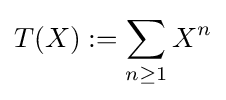
T(X):=\sum _{n\geq 1}X^{n}